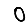
Digit: 0